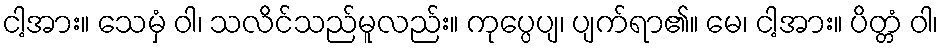
ငါ့အား။ သေမှံ ဝါ၊ သလိင်သည်မူလည်း။ ကုပ္ပေပျ၊ ပျက်ရာ၏။ မေ၊ ငါ့အား။ ပိတ္တံ ဝါ၊